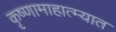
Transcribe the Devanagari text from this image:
कृष्णामाहात्म्यात